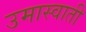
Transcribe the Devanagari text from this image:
उमास्वाती